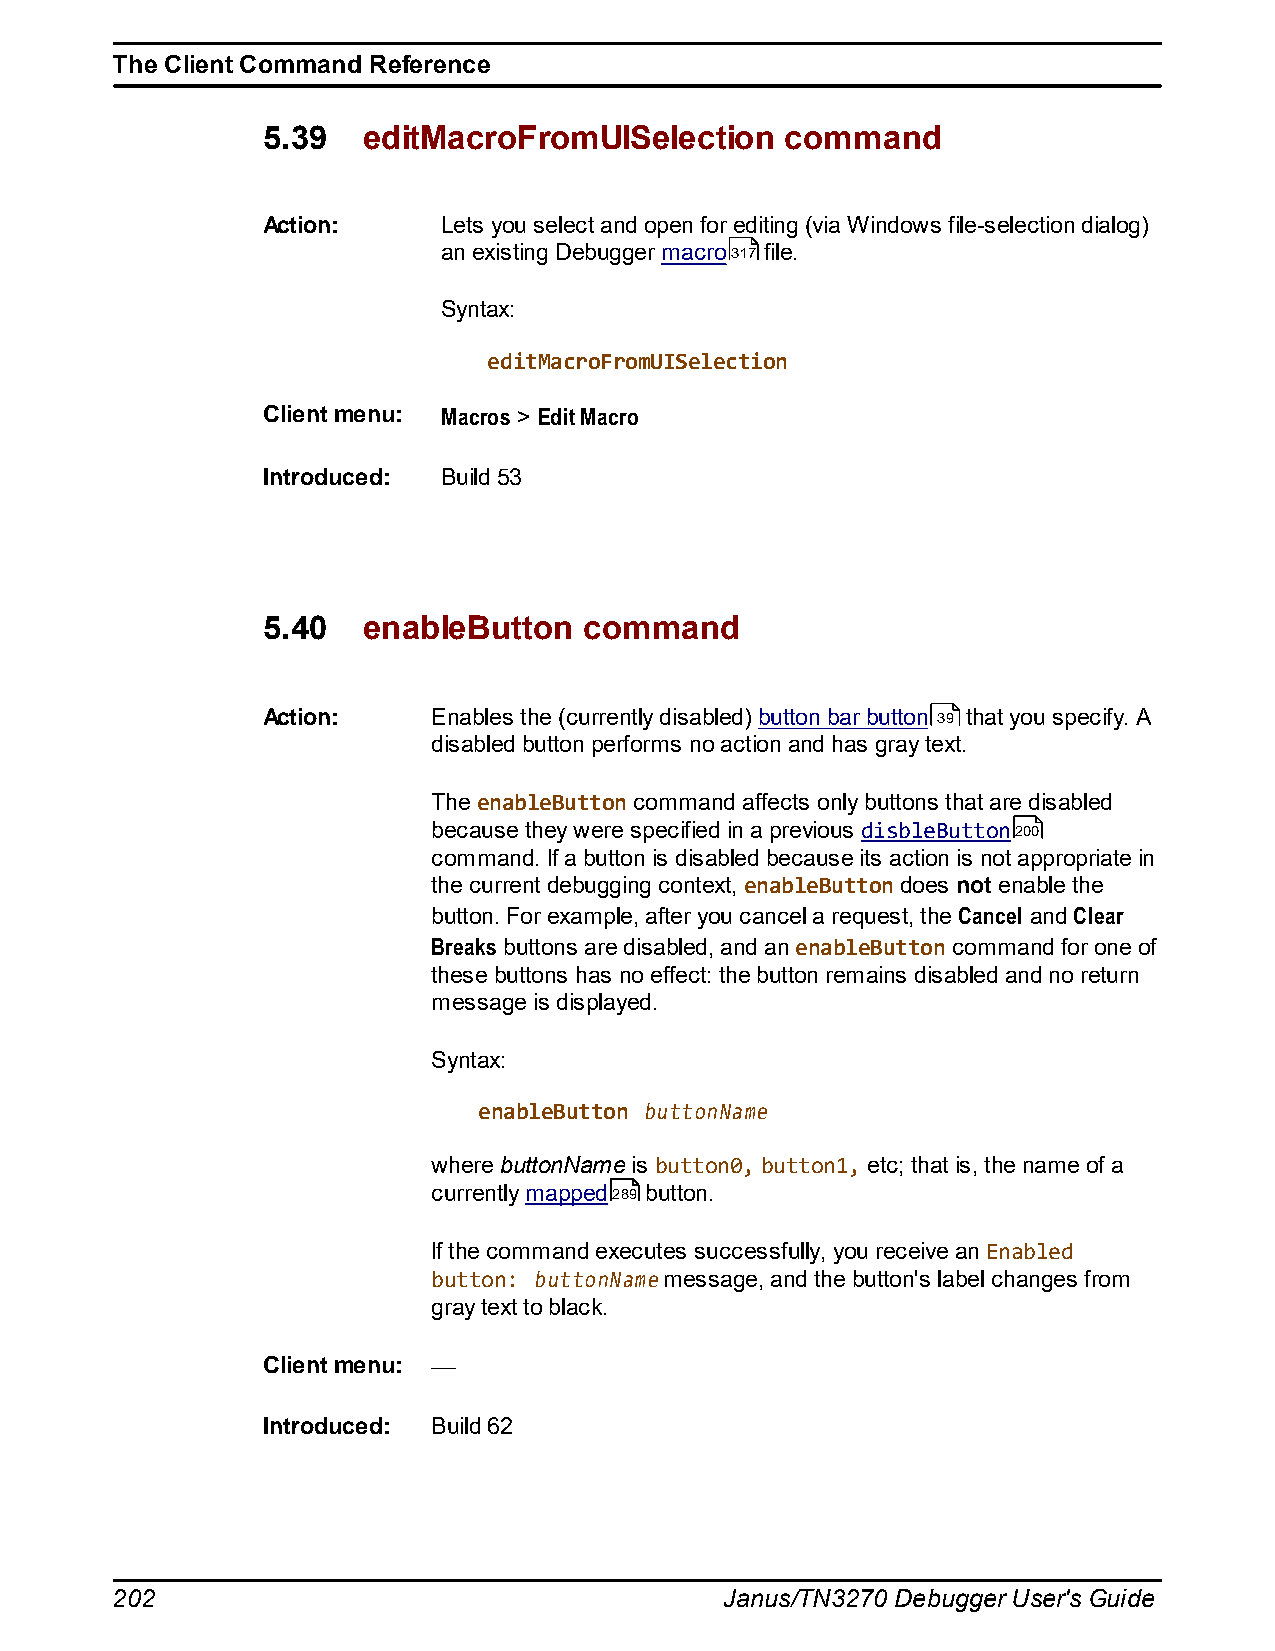
The Client Command Reference
 5.39   editMacroFromUISelection    command
 Action:     Lets you select and open for editing (via Windows file-selection dialog)
 an existing Debugger macro317 file.
 Syntax:
 editMacroFromUISelection
 Client menu: Macros > Edit Macro
 Introduced: Build 53
 5.40   enableButton   command
 Action:     Enables the (currently disabled) button bar button 39 that you specify. A
 disabled button performs no action and has gray text.
 The enableButton command affects only buttons that are disabled
 because they were specified in a previous disbleButton200
 command. If a button is disabled because its action is not appropriate in
 the current debugging context, enableButton does not enable the
 button. For example, after you cancel a request, the Cancel and Clear
 Breaks buttons are disabled, and an enableButton command for one of
 these buttons has no effect: the button remains disabled and no return
 message is displayed.
 Syntax:
 enableButton buttonName
 where buttonName is button0, button1, etc; that is, the name of a
 currently mapped289 button.
 If the command executes successfully, you receive an Enabled
 button: buttonName message, and the button's label changes from
 gray text to black.
 Client menu:
 Introduced: Build 62
 202                                      Janus/TN3270 Debugger User's Guide